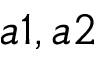
a 1 , a 2